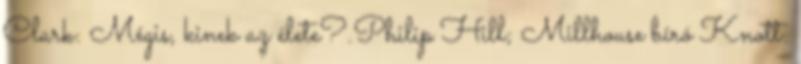
Clark: Mégis, kinek az élete?.Philip Hill; Millhouse bíró Knott: